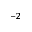
^ { - 2 }